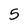
Character: 5